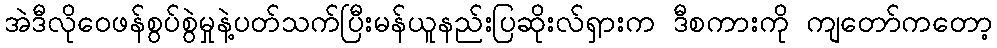
အဲဒီလိုဝေဖန်စွပ်စွဲမှုနဲ့ပတ်သက်ပြီးမန်ယူနည်းပြဆိုးလ်ရှားက ဒီစကားကို ကျတော်ကတော့